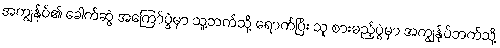
အကျွန်ုပ်၏ ခေါက်ဆွဲ အကြော်ပွဲမှာ သူ့ဘက်သို့ ရောက်ပြီး သူ စားမည့်ပွဲမှာ အကျွန်ုပ်ဘက်သို့